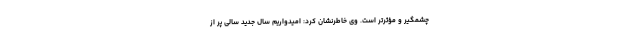
چشمگیر و مؤثرتر است. وی خاطرنشان کرد: امیدواریم سال جدید سالی پر از